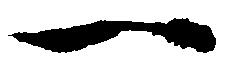
一